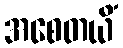
အစေတယိံ